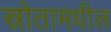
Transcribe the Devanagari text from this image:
स्रोतामधील